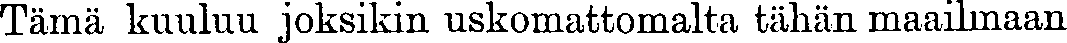
Tämä kuuluu joksikin uskomattomalta tähän maailmaan